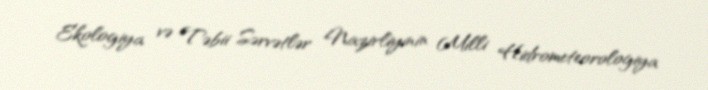
Ekologiya və Təbii Sərvətlər Nazirliyinin Milli Hidrometeorologiya